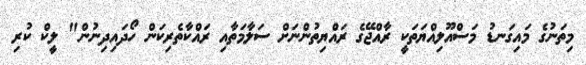
މިތަނުގެ މައިގަނޑު މަސްއޫލިއްޔަތަކީ ރާއްޖޭގެ ރައްޔިތުންނަށް ސަލާމަތާއި ރައްކާތެރިކަން ހޯދައިދިނުން" ލީކް ކުރި